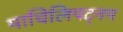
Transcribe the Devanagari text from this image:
माचिलिपट्नम